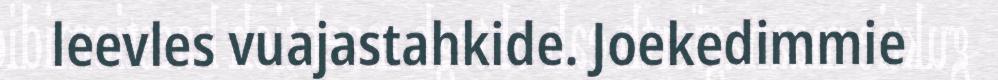
leevles vuajastahkide. Joekedimmie